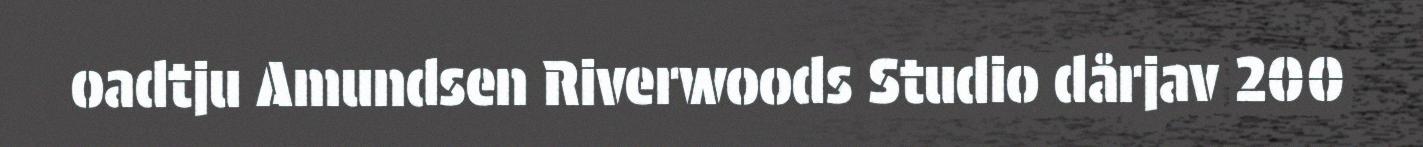
oadtju Amundsen Riverwoods Studio dårjav 200